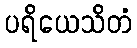
ပရိယေသိတံ